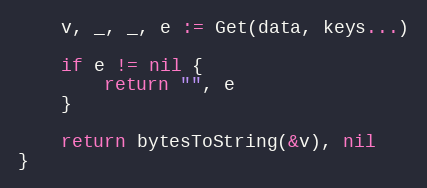
Language: Go
	v, _, _, e := Get(data, keys...)

	if e != nil {
		return "", e
	}

	return bytesToString(&v), nil
}